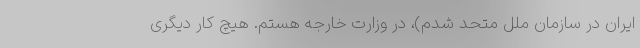
ایران در سازمان ملل متحد شدم)، در وزارت خارجه هستم. هیچ کار دیگری